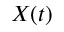
X ( t )